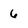
Character: 6